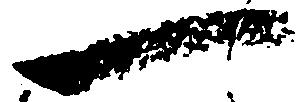
一